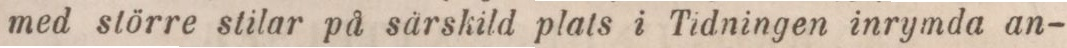
med större stilar på särskild plats i Tidningen inrymda an-